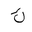
Letter: _kaf